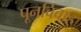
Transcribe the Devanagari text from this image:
पूनर्विवाह